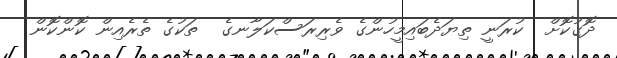
ދޮގުކޮށް  ކުރަނީ ތިޔަދެބައިމީހުންގެ ވެރިރަސްކަލާނގެ  ތަކުގެ ތެރެއިން ކޮންކޮން